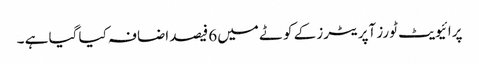
پرائیویٹ ٹورز آپریٹرز کے کوٹے میں 6فیصد اضافہ کیا گیا ہے ۔